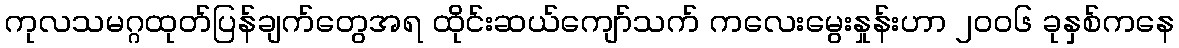
ကုလသမဂ္ဂထုတ်ပြန်ချက်တွေအရ ထိုင်းဆယ်ကျော်သက် ကလေးမွေးနှုန်းဟာ ၂၀၀၆ ခုနှစ်ကနေ